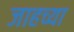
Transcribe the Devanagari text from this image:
जाहच्या